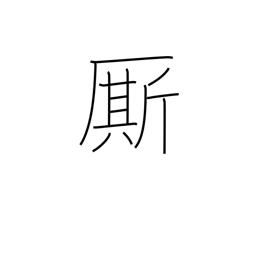
Meaning: follower